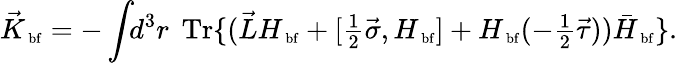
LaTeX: \vec{K}_{{\mathrm{\scriptsize~bf}}}=-\int\! \! d^{3}r\; \textstyle\, \mathrm{Tr}\{ ({\vec{L}}H_{{\mathrm{\scriptsize~bf}}}+[\textstyle\frac 12{\vec{\sigma}},H_{{\mathrm{\scriptsize~bf}}}]+H_{{\mathrm{\scriptsize~bf}}}(-\textstyle\frac 12{\vec{\tau}})){\bar{H}}_{{\mathrm{\scriptsize~bf}}}\} .